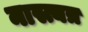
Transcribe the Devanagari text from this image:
नास्त्यत्र